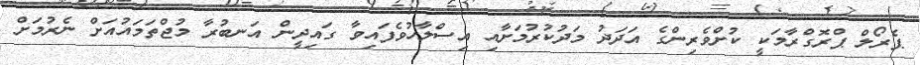
ޕެރޯލް ޕްރޮގްރާމަކީ ކުށްވެރިންގެ އަދަދު މަދުކުރުމަށާއި އިސްލާހުވެފައިވާ ގައިދީން އަނބުރާ މުޖްތަމައުއަށް ނެރުމަށް